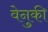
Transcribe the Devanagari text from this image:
वेनुकी